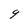
Character: g